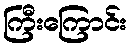
ကြီးကြောင်း